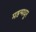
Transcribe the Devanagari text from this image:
महन्मधुर